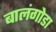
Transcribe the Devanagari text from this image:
बालंगोडा